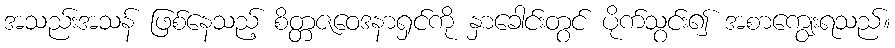
အသည်းအသန် ဖြစ်နေသည့် စိတ္တဇဝေဒနာရှင်ကို နှာခေါင်းတွင် ပိုက်သွင်း၍ အစာကျွေးရသည်။